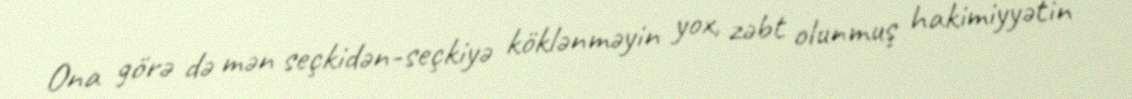
Ona görə də mən seçkidən-seçkiyə köklənməyin yox, zəbt olunmuş hakimiyyətin